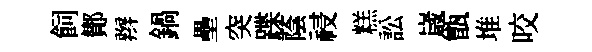
飼鄼辫鍋壘突蹀蔭祲糕訟𡻕甑堆咬